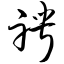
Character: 聘